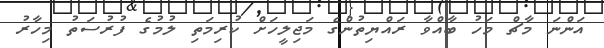
އަންނަ މާޗް މަހު ބާއްވާ ރައްޔިތުންގެ މަޖިލީހަށް ކުރިމަތި ލުމުގެ ފުރުސަތު މިހާރު